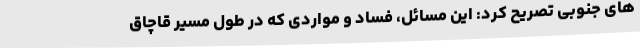
های جنوبی تصریح کرد: این مسائل، فساد و مواردی که در طول مسیر قاچاق